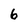
Character: 6